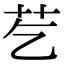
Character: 䒗